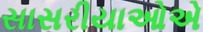
સાસરીયાઓએ